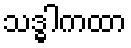
သဒ္ဓါကထာ